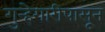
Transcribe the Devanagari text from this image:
गुन्हेगारीपासून